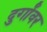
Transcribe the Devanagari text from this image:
दुर्गांवर